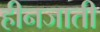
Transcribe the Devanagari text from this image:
हीनजाती